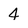
Character: 4